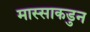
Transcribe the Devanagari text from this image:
मास्साकडुन